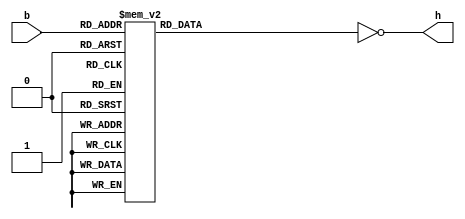
module bcd8seg(
  input  [3:0] b,
  output reg [7:0] h
);
    always @(*) begin
        case (b)
            4'd0:   h = 8'b11111100;
            4'd1:   h = 8'b01100000;
            4'd2:   h = 8'b11011010;
            4'd3:   h = 8'b11110010;
            4'd4:   h = 8'b01100110;
            4'd5:   h = 8'b10110110;
            4'd6:   h = 8'b10111110;
            4'd7:   h = 8'b11100000;
            4'd8:   h = 8'b11111110;
            4'd9:   h = 8'b11110110;
            default: h = 8'b0000000;
        endcase
        h = ~h;
    end
endmodule